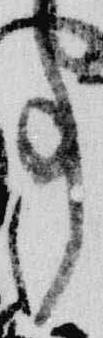
事